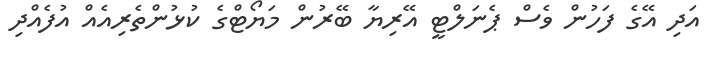
އަދި އޭގެ ފަހުން ވެސް ޕެނަލްޓީ އޭރިޔާ ބޭރުން މަޔޯޓްގެ ކުޅުންތެރިއެއް އުފެއްދި